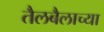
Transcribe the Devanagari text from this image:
तैलबैलाच्या